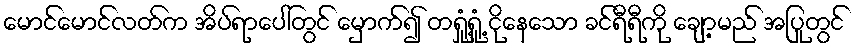
မောင်မောင်လတ်က အိပ်ရာပေါ်တွင် မှောက်၍ တရှုံ့ရှုံ့ ငိုနေသော ခင်ရီရီကို ချော့မည် အပြုတွင်